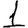
Digit: 1